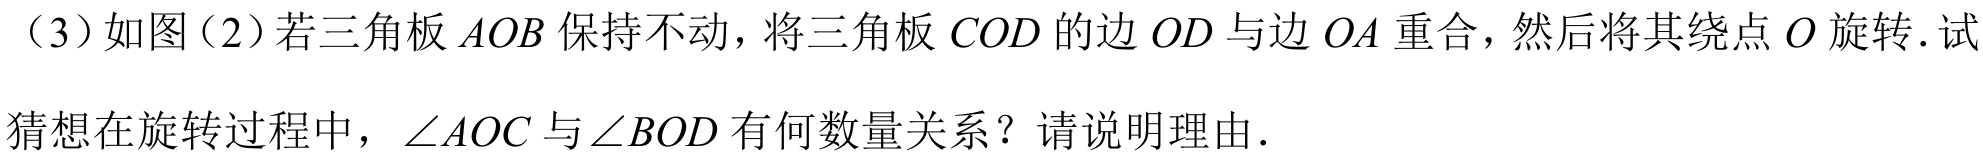
（3）如图（2）若三角板 \(AOB\) 保持不动，将三角板 \(COD\) 的边 \(OD\) 与边 \(OA\) 重合，然后将其绕点 \(O\) 旋转．试
猜想在旋转过程中，\(\angle AOC\) 与\(\angle BOD\) 有何数量关系？请说明理由．